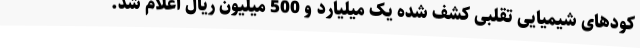
کودهای شیمیایی تقلبی کشف شده یک میلیارد و 500 میلیون ریال اعلام شد.